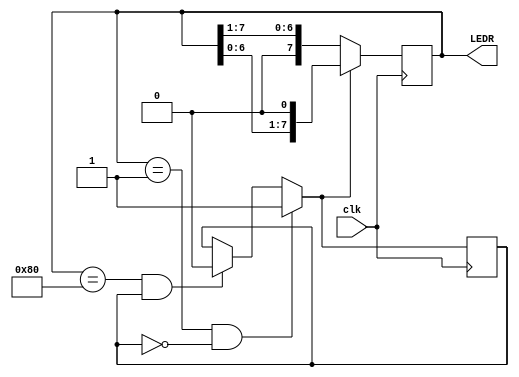
module LED_Controller(clk, LEDR);
    input clk;
    output [7:0] LEDR;

    reg LED_direction = 1'b1;
    reg [7:0] LED = 8'b0000_0001;

    always @(posedge clk)
    begin
    if (LED == 8'b0000_0001 && LED_direction == 1'b0)
        LED_direction = 1'b1;
    else if (LED == 8'b1000_0000 && LED_direction == 1'b1)
        LED_direction = 1'b0;

    if (LED_direction)
        LED = LED << 1;
    else
        LED = LED >> 1;
    end

    assign LEDR = LED;
endmodule